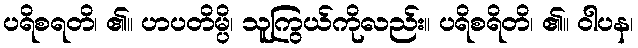
ပရိစရတိ၊ ၏။ ဟပတိမ္ပိ၊ သူကြွယ်ကိုလည်း။ ပရိစရိတိ၊ ၏။ ဝါပန၊